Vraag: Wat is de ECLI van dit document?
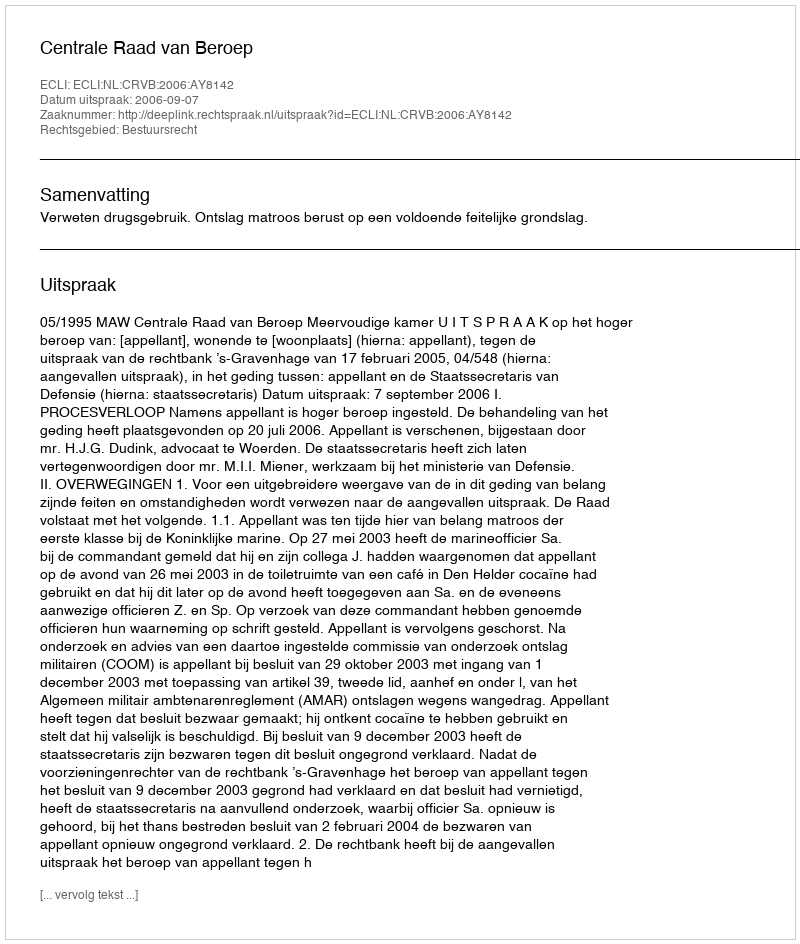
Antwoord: ECLI:NL:CRVB:2006:AY8142